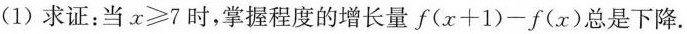
(1)求证：当$$x\geqslant 7$$时，掌握程度的增长量$$f(x+1)-f(x)$$总是下降.